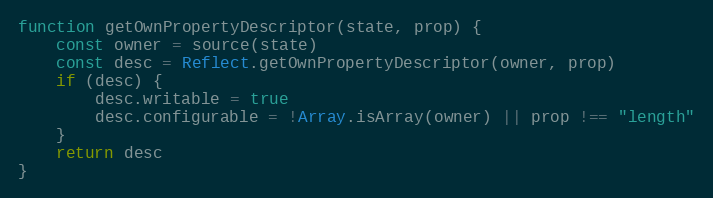
Language: JavaScript
function getOwnPropertyDescriptor(state, prop) {
    const owner = source(state)
    const desc = Reflect.getOwnPropertyDescriptor(owner, prop)
    if (desc) {
        desc.writable = true
        desc.configurable = !Array.isArray(owner) || prop !== "length"
    }
    return desc
}